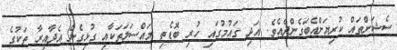
ސެޝަންތައް ކުރިޔަށްއެބަގެންދެއެވެ. އަދި ގައުމުގައި ހުރި ބޮޑެތި މައްސަލަތަކާއި ގުޅިގެން އެދާއިރާ ތަކުގެ